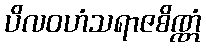
ပိလဝဟံသရာဇစိဏ္ဏံ